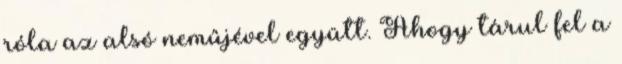
róla az alsó neműjével együtt. Ahogy tárul fel a